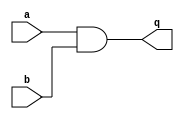
module top_module (
    input a,
    input b,
    output q );//

    assign q = a&b; // Fixed me

endmodule